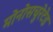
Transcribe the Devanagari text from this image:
मोनोसचुरेटेड